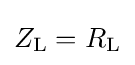
Z_{\mathrm {L} }=R_{\mathrm {L} }\,\!